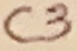
Text: C3